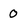
Character: 0